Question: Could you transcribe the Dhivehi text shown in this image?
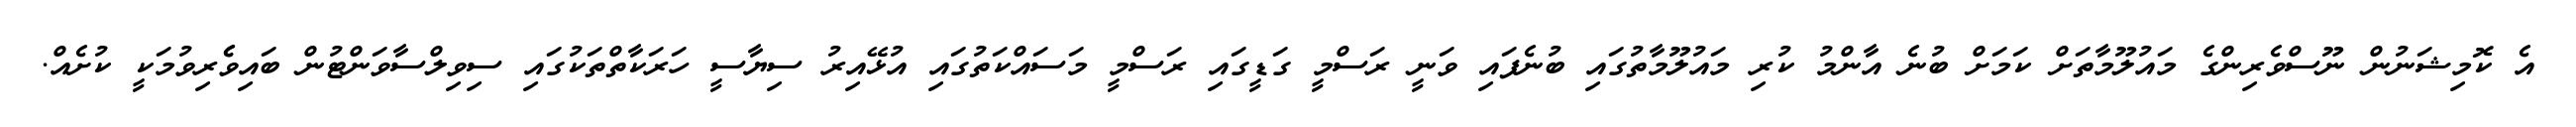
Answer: އެ ކޮމިޝަނުން ނޫސްވެރިންގެ މައުލޫމާތަށް ކަމަށް ބުނެ އާންމު ކުރި މައުލޫމާތުގައި ބުނެފައި ވަނީ ރަސްމީ ގަޑީގައި ރަސްމީ މަސައްކަތުގައި އުޅޭއިރު ސިޔާސީ ހަރަކާތްތަކުގައި ސިވިލްސާވަންޓުން ބައިވެެރިވުމަކީ ކުށެއް.